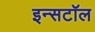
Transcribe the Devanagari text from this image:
इन्सटॉल